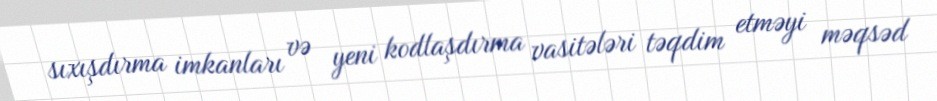
sıxışdırma imkanları və yeni kodlaşdırma vasitələri təqdim etməyi məqsəd